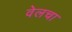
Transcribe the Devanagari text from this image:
वेलचा